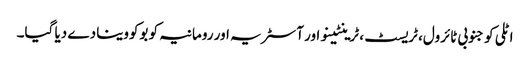
اٹلی کو جنوبی ٹائرول، ٹریسٹ، ٹرینٹینو اور آسٹریہ اور رومانیہ کو بوکووینا دے دیا گیا۔